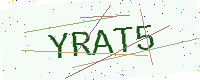
Text: YRAT5